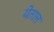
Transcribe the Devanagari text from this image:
येतात्त